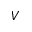
V